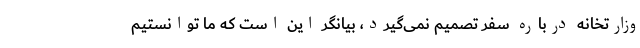
وزارتخانه درباره سفر تصمیم نمی‌گیرد، بیانگر این است که ما توانستیم